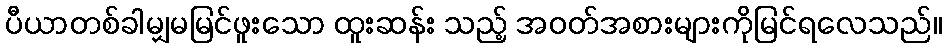
ပီယာတစ်ခါမျှမမြင်ဖူးသော ထူးဆန်း သည့် အဝတ်အစားများကိုမြင်ရလေသည်။